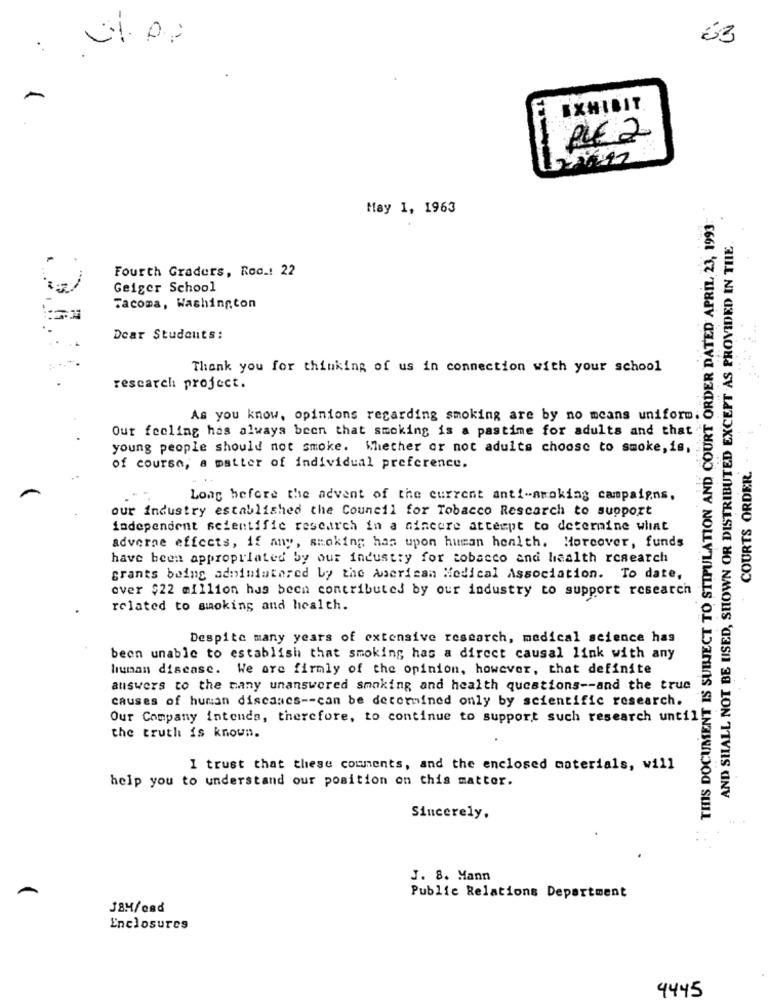
33
..
EXHIBIT
PLE 2
May 1, 1963
THIS DOCUMENT IS SUBJECT TO STIPULATION AND COURT ORDER DATED APRIL, 23, 1993
AND SHALL NOT BE USED, SHOWN OR DISTRIBUTED EXCEPT AS PROVIDED IN THE
Fourth Graders, Roc .: 22
Geiger School
Tacoma, Washington
Dear Students:
Thank you for thinking of us in connection with your school
research project.
As you know, opinions regarding smoking are by no means uniform.
Our feeling has always been that smoking is a pastime for adults and that
young people should not smoke. Whether or not adults choose to smoke,is,
COURTS ORDER.
of course, a matter of individual preference.
Long before the advent of the current anti-smoking campaigns.
our industry established the Council for Tobacco Rescarch to support
independent scientific research in a sincere attempt to determine what
adverse effects, if any, smoking has upon human health. Moreover, funds
have been appropriated by our industry for tobacco and health research
grants being adnimiatared by the American Medical Association. To date,
over $22 million has been contributed by our industry to support research
related to smoking and health.
Despite many years of extensive research, medical science has
been unable to establish that smoking has a direct causal link with any
human disease. We are firmly of the opinion, however, that definite
answers to the many unanswered smoking and health questions -- and the true
causes of human discaacs -- can be determined only by scientific research.
Our Company intends, therefore, to continue to support such research until
the truth is known.
I trust that these comments, and the enclosed materials, will
help you to understand our position on this matter.
Sincerely,
J. 8. Mann
Public Relations Department
JBH/osd
Enclosures
4445